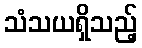
သံသယရှိသည့်